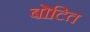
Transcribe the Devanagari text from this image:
बोटित